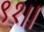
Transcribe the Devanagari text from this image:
९१।।